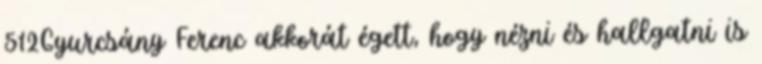
512Gyurcsány Ferenc akkorát égett, hogy nézni és hallgatni is